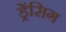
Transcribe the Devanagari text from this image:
ड्रेंसिग